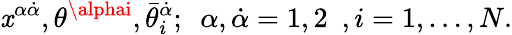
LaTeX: \mathit{x}^{\alpha\dot{{\alpha}}},\theta^{\alphai},\bar{{\theta}}_{i}^{\dot{{\alpha}}};\ \ \alpha,\dot{{\alpha}}=1,2\ \ ,i=1,\dots,N.